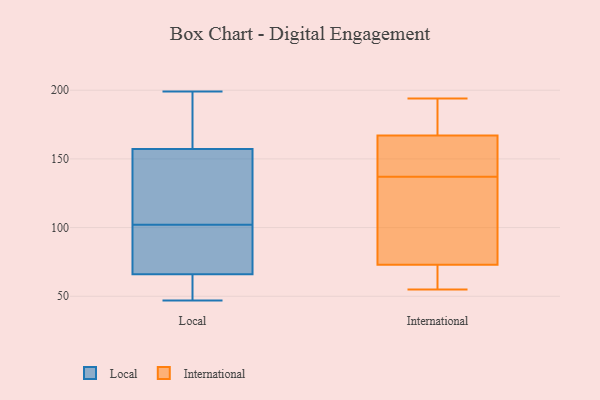
{"axis": {"x": "Operating Costs (USD K)", "y": "Value"}, "legend": ["International", "Local"], "data": [{"x": "", "y": 87, "type": "Local"}, {"x": "", "y": 199, "type": "Local"}, {"x": "", "y": 96, "type": "Local"}, {"x": "", "y": 47, "type": "Local"}, {"x": "", "y": 66, "type": "Local"}, {"x": "", "y": 189, "type": "Local"}, {"x": "", "y": 142, "type": "Local"}, {"x": "", "y": 119, "type": "Local"}, {"x": "", "y": 173, "type": "Local"}, {"x": "", "y": 61, "type": "Local"}, {"x": "", "y": 66, "type": "Local"}, {"x": "", "y": 152, "type": "Local"}, {"x": "", "y": 102, "type": "Local"}, {"x": "", "y": 76, "type": "International"}, {"x": "", "y": 109, "type": "International"}, {"x": "", "y": 193, "type": "International"}, {"x": "", "y": 169, "type": "International"}, {"x": "", "y": 74, "type": "International"}, {"x": "", "y": 194, "type": "International"}, {"x": "", "y": 72, "type": "International"}, {"x": "", "y": 150, "type": "International"}, {"x": "", "y": 60, "type": "International"}, {"x": "", "y": 55, "type": "International"}, {"x": "", "y": 188, "type": "International"}, {"x": "", "y": 165, "type": "International"}, {"x": "", "y": 60, "type": "International"}, {"x": "", "y": 147, "type": "International"}, {"x": "", "y": 153, "type": "International"}, {"x": "", "y": 127, "type": "International"}]}